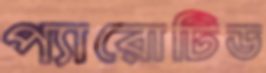
প্যারোটিড